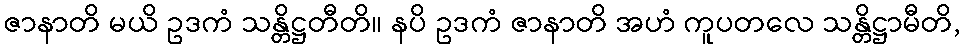
ဇာနာတိ မယိ ဥဒကံ သန္တိဋ္ဌတီတိ။ နပိ ဥဒကံ ဇာနာတိ အဟံ ကူပတလေ သန္တိဋ္ဌာမီတိ,